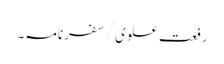
رفعت علوی/سفرنامہ۔